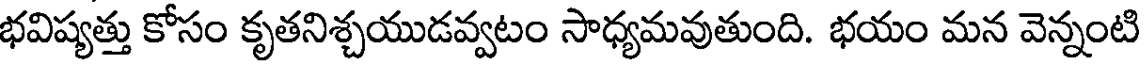
భవిష్యత్తు కోసం కృతనిశ్చయుడవ్వటం సాధ్యమవుతుంది. భయం మన వెన్నంటి